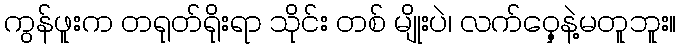
ကွန်ဖူးက တရုတ်ရိုးရာ သိုင်း တစ် မျိုးပဲ၊ လက်ဝှေ့နဲ့မတူဘူး။